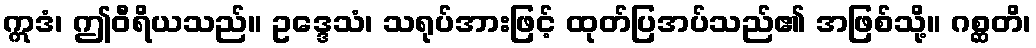
ဣဒံ၊ ဤဝီရိယသည်။ ဥဒ္ဒေသံ၊ သရုပ်အားဖြင့် ထုတ်ပြအပ်သည်၏ အဖြစ်သို့။ ဂစ္ဆတိ၊